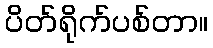
ပိတ်ရိုက်ပစ်တာ။